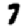
Digit: 7